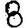
Digit: 8